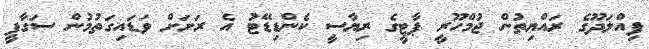
ފިއްލަދޫގެ ރައްޔިތުން ޖުމްހޫރީ ޕާޓީގެ ރިޔާސީ ކެންޑިޑޭޓު އެ ރަށަށް ވަޑައިގަތުމުން ސަގާފީ